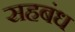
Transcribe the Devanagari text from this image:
सहबंध